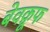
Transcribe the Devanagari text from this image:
बेवक़ूफ